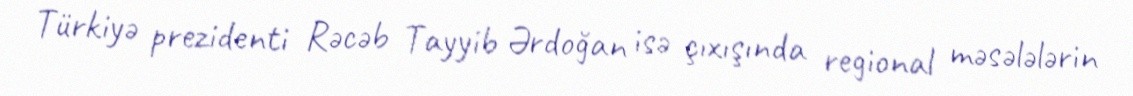
Türkiyə prezidenti Rəcəb Tayyib Ərdoğan isə çıxışında regional məsələlərin